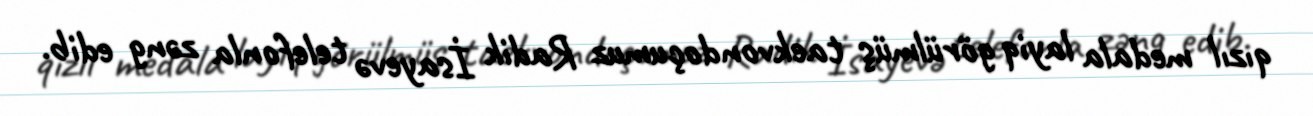
qızıl medala layiq görülmüş taekvondoçumuz Radik İsayevə telefonla zəng edib.